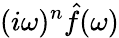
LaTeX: (i\omega)^{n}{\hat{f}}(\omega)